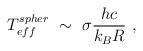
LaTeX: \begin{align*}T^{spher}_{eff}\ \sim \ \sigma \frac{hc}{k_B R}\ ,\end{align*}